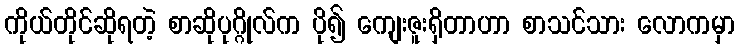
ကိုယ်တိုင်ဆိုရတဲ့ စာဆိုပုဂ္ဂိုလ်က ပို၍ ကျေးဇူးရှိတာဟာ စာသင်သား လောကမှာ